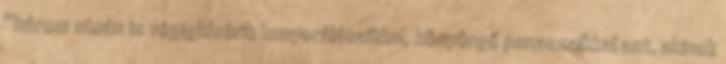
“három utcán is végigkísérik kunyorálásaikkal, könyörgő panaszaikkal azt, akinek